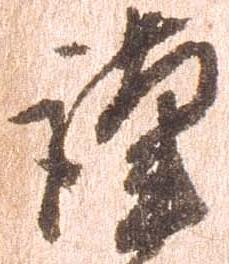
謹